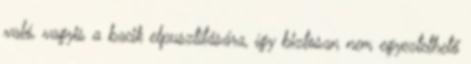
való, vagyis a bacik elpusztítására, így biztosan nem egyeztethető